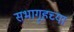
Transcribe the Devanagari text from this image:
सभागृहच्या